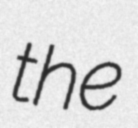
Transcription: the